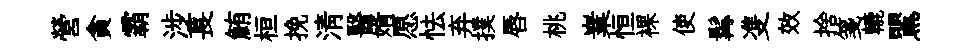
營貪霸涉萇鮪桓挽清醫婿愿怯弃撲唇桃嶪恒裸使髯㕠效捨箋轆鸎